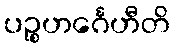
ပဉ္စဟင်္ဂေဟီတိ